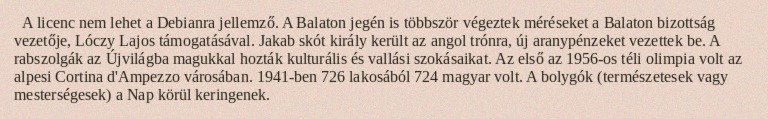
A licenc nem lehet a Debianra jellemző. A Balaton jegén is többször végeztek méréseket a Balaton bizottság vezetője, Lóczy Lajos támogatásával. Jakab skót király került az angol trónra, új aranypénzeket vezettek be. A rabszolgák az Újvilágba magukkal hozták kulturális és vallási szokásaikat. Az első az 1956-os téli olimpia volt az alpesi Cortina d'Ampezzo városában. 1941-ben 726 lakosából 724 magyar volt. A bolygók (természetesek vagy mesterségesek) a Nap körül keringenek.